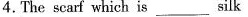
4. The scarf which is ___ silk